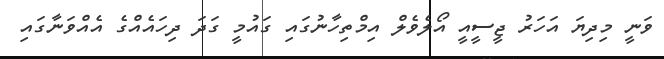
ވަނީ މިދިޔަ އަހަރު ޖީސީއީ އޯލެވެލް އިމްތިހާނުގައި ގައުމީ ގަދަ ދިހައެއްގެ އެއްވަނާގައި